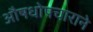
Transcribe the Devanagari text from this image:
औषधोपचाराने